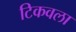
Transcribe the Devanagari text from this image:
टिकवला